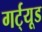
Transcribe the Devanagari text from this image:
गर्ट्‌यूड